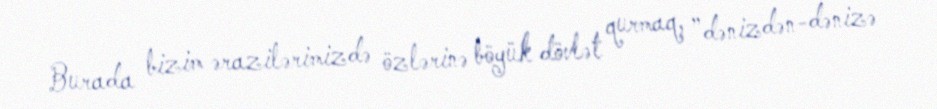
Burada bizim ərazilərimizdə özlərinə böyük dövlət qurmaq, ”dənizdən-dənizə